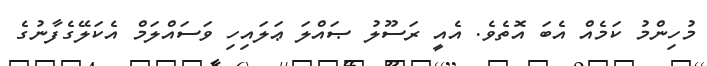
މުހިންމު ކަމެއް އެބަ އޮތެވެ. އެއީ ރަސޫލު ޞައްލަ ޢަލައިހި ވަސައްލަމް އެކަލޭގެފާނުގެ